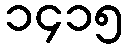
၁၄၁၅